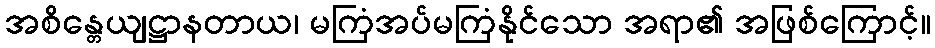
အစိန္တေယျဋ္ဌာနတာယ၊ မကြံအပ်မကြံနိုင်သော အရာ၏ အဖြစ်ကြောင့်။